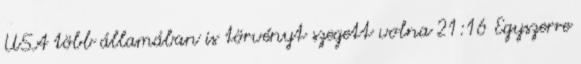
USA több államában is törvényt szegett volna 21:16 Egyszerre